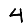
Digit: 4